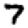
Digit: 7